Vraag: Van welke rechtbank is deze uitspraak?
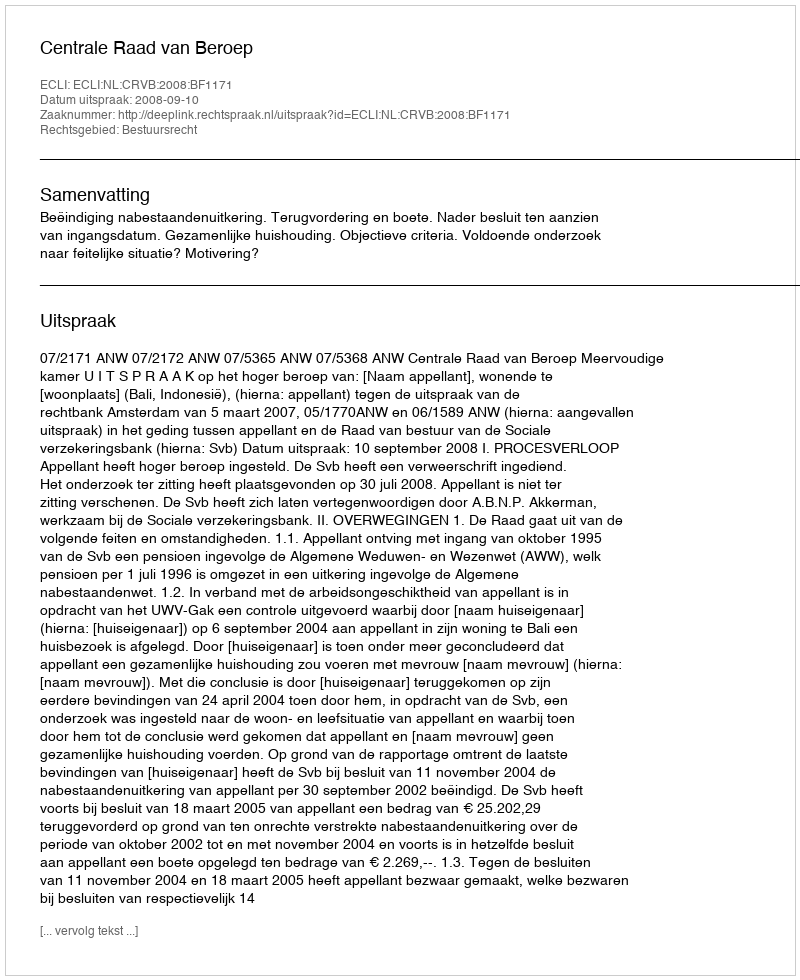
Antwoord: Centrale Raad van Beroep